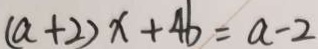
( a + 2 ) x + 4 b = a - 2